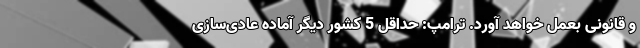
و قانونی بعمل خواهد آورد. ترامپ: حداقل 5 کشور دیگر آماده عادی‌سازی